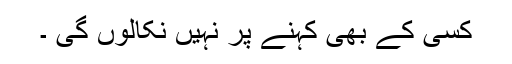
کسی کے بھی کہنے پر نہیں نکالوں گی ۔